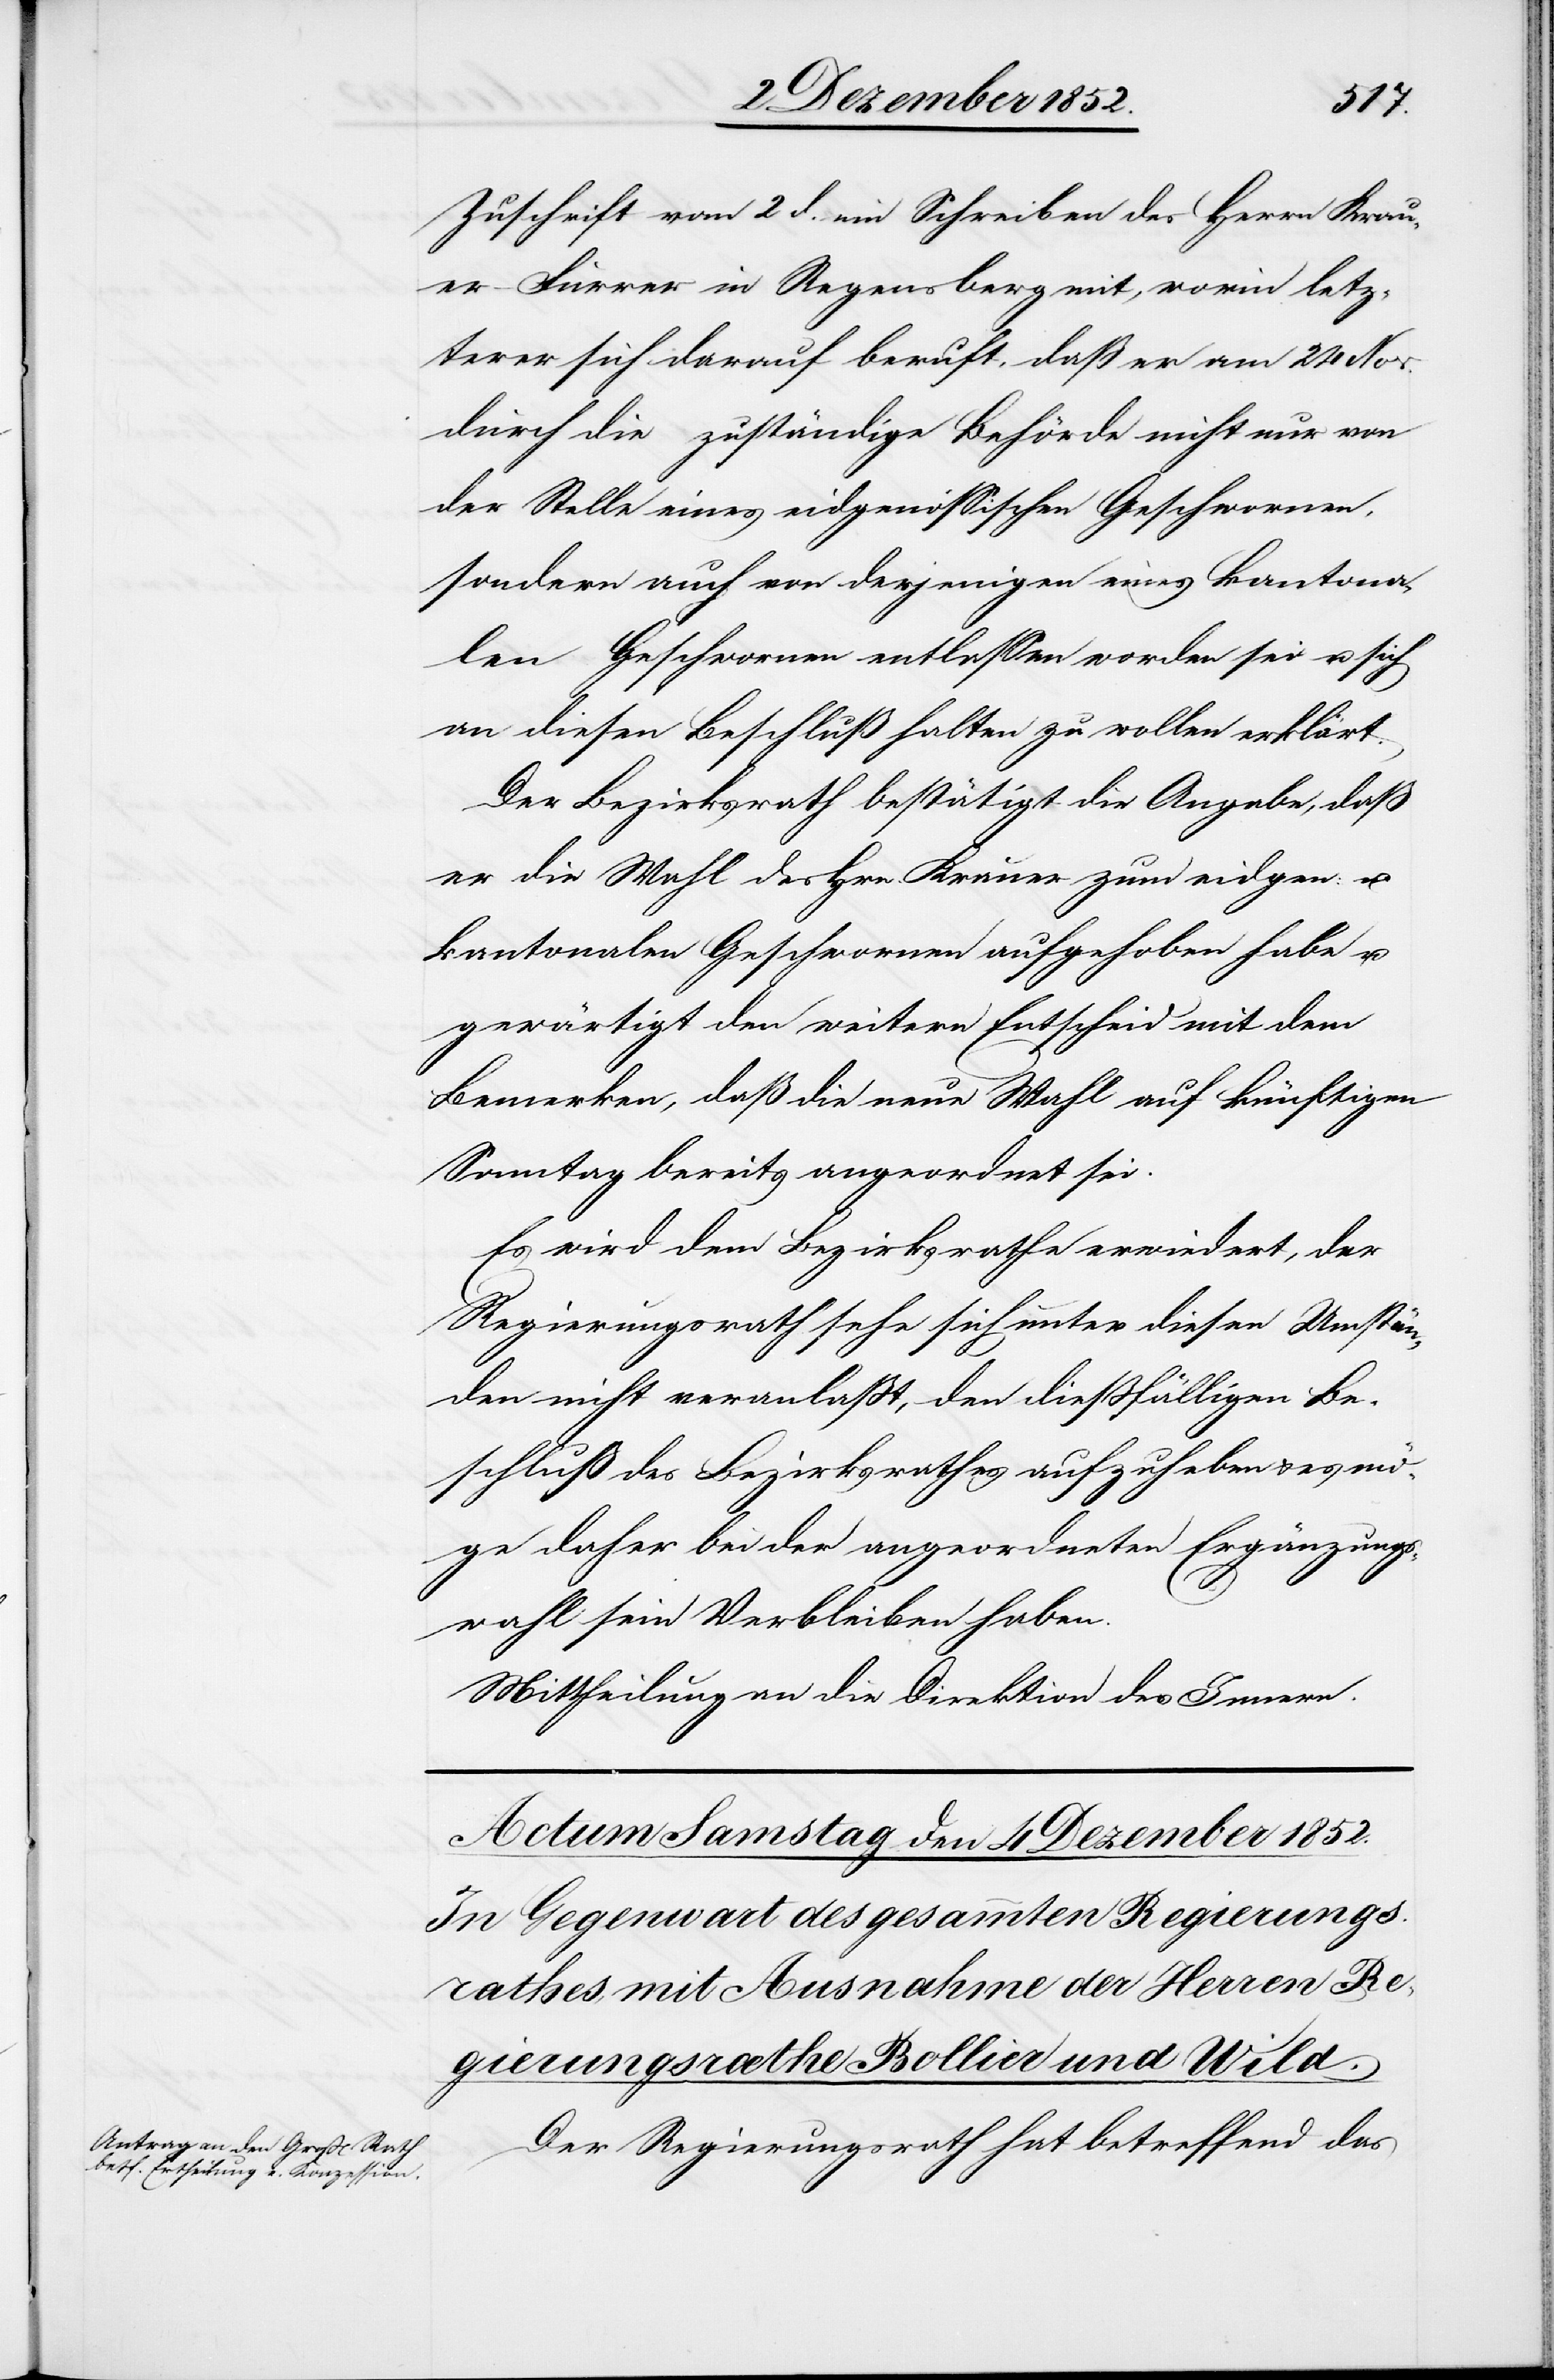
Zuschrift vom 2 d. ein Schreiben des Herrn Krau¬
er-Furrer in Regensberg mit, worin letz¬
terer sich darauf beruft, daß er am 24 Nov.
durch die zuständige Behörde nicht nur von
der Stelle eines eidgenössischen Geschwornen,
sondern auch von derjenigen eines kantona¬
len Geschwornen entlassen worden sei u. sich
an diesen Beschluß halten zu wollen erklärt.
Der Bezirksrath bestätigt die Angabe, daß
er die Wahl des Hrn. Krauer zum eidgen: u.
kantonalen Geschwornen aufgehoben habe u.
gewärtigt den weitern Entscheid mit dem
Bemerken, daß die neue Wahl auf künftigen
Sonntag bereits angeordnet sei.
Es wird dem Bezirksrathe erwiedert, der
Regierungsrath sehe sich unter diesen Umstän¬
den nicht veranlaßt, den dießfälligen Be¬
schluß des Bezirksrathes aufzuheben & es mö¬
ge daher bei der angeordneten Ergänzungs¬
wahl sein Verbleiben haben.
Mittheilung an die Direktion des Innern.
Der Regierungsrath hat betreffend das